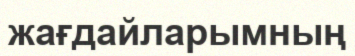
жағдайларымның